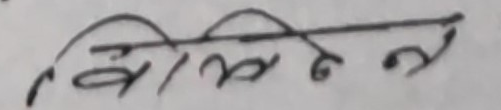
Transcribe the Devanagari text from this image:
मिल्नेन्